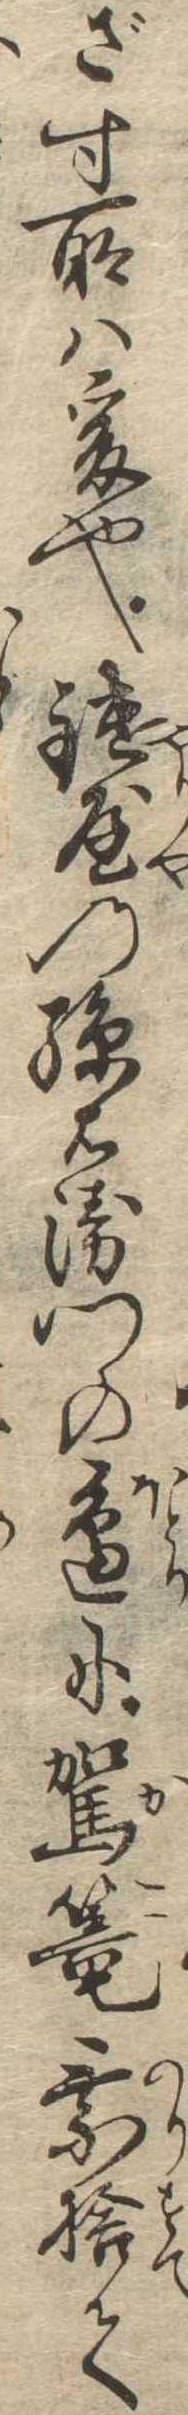
ざす所は爰也鑓屋の孫右衛門の辺に駕篭乗捨て